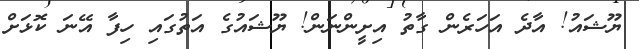
ޔޫޝައު! އާދެ އަހަރެން ގާތު އިށީންނަން! ޔޫޝައުގެ އަތުގައި ހިފާ އޭނަ ކޮޅަށް